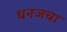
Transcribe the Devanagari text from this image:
धनजचा